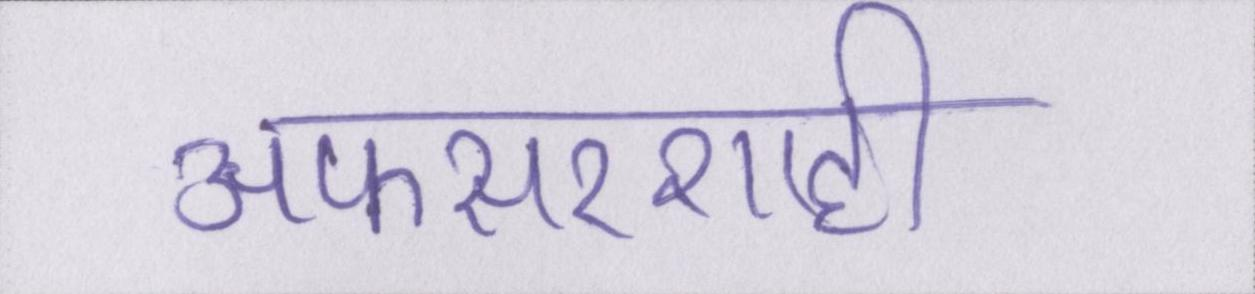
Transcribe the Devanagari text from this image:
अफसरशाही